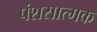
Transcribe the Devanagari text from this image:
पंशसात्मक